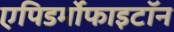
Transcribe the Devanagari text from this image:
एपिडर्मोफाइटॉन